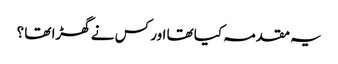
یہ مقدمہ کیا تھا اور کس نے گھڑا تھا ؟